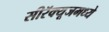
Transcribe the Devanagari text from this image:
सीरॅक्यूजमध्ये